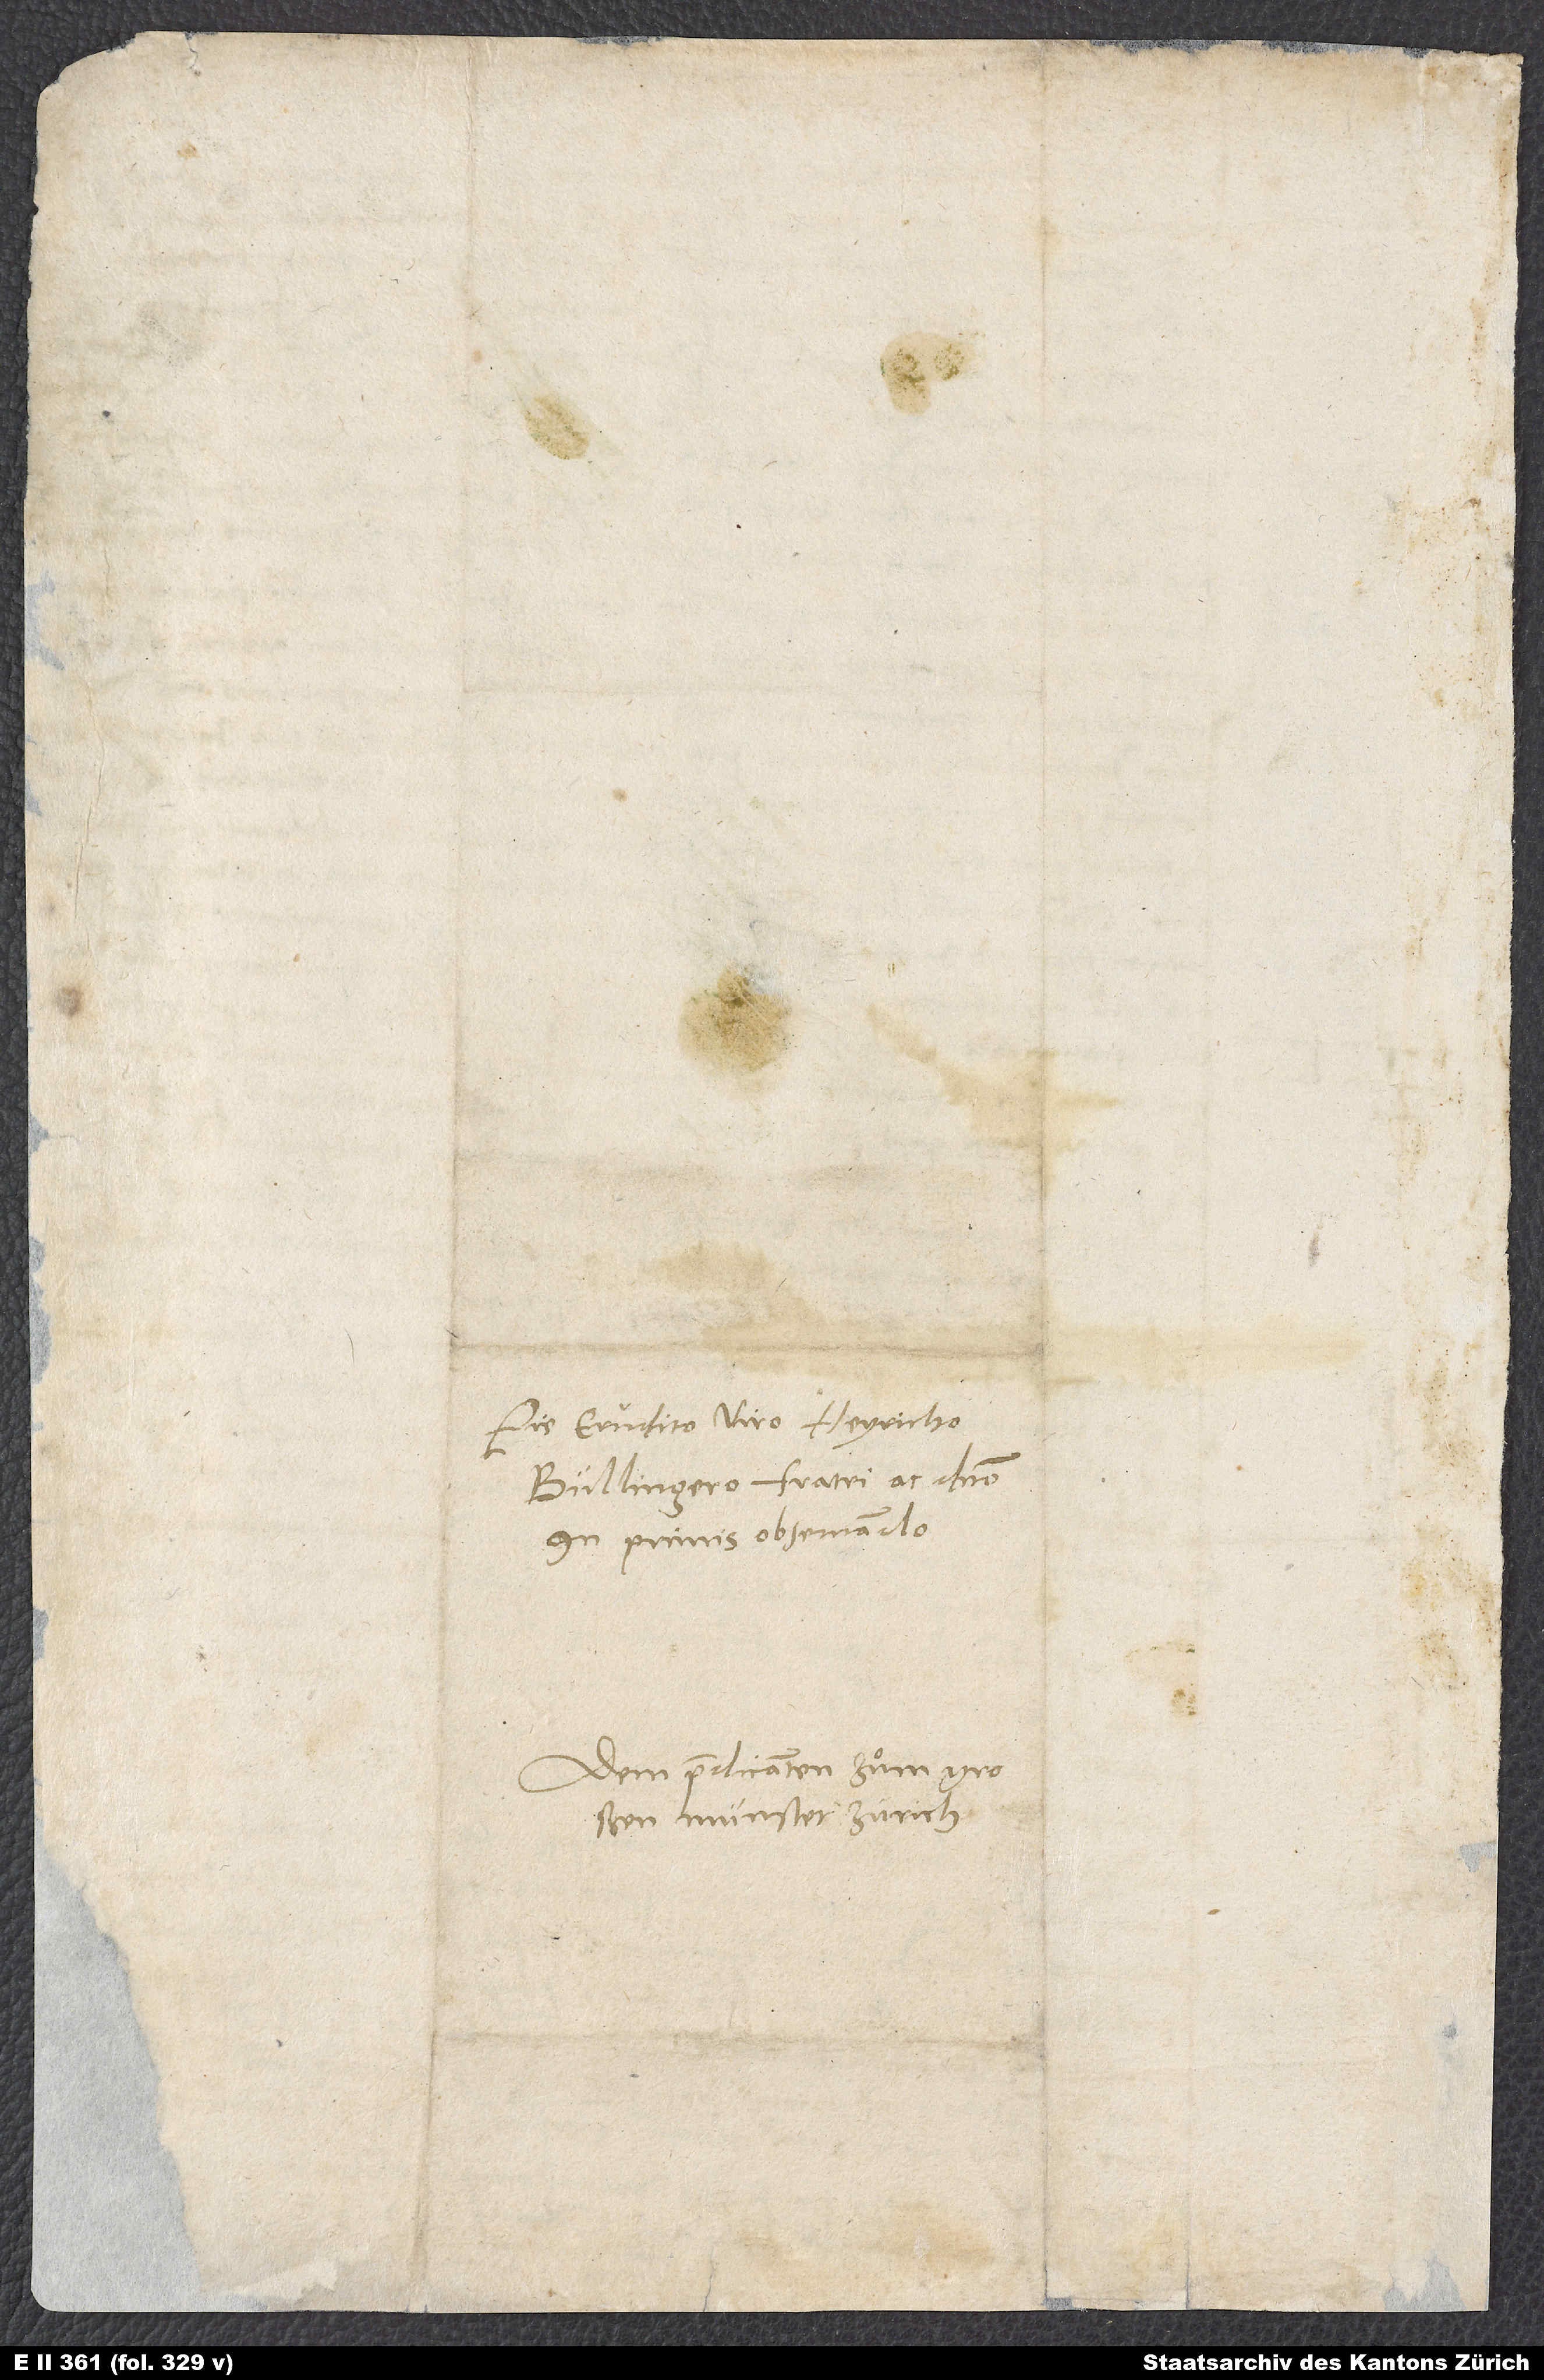
Pie erudito viro Heyricho
Bullingero, fratri ac domino
inprimis observando.
Dem predicanten zuͤm großen
Münster Zürich.